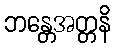
ဘန္တေအတ္တနိ